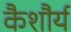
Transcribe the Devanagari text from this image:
कैशौर्य